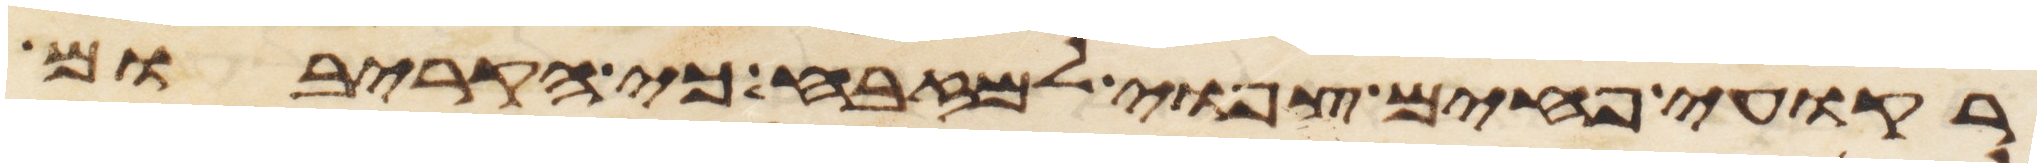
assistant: רקועי פחים צפואי למזבח כי הקריבום